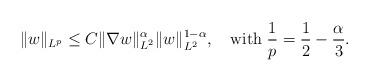
LaTeX: \begin{align*}\|w\|_{L^{p}}\leq C\|\nabla w\|_{L^{2}}^{\alpha}\|w\|_{L^{2}}^{1-\alpha},\quad\mathrm{with}\;\frac{1}{p}=\frac{1}{2}-\frac{\alpha}{3}.\end{align*}